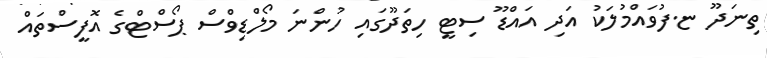
ތިނަދޫ ޏ.ފުވައްމުލަކު އަދި އައްޑޫ ސިޓީ ހިތަދޫގައި ހުންނަ މޯލްޑިވްސް ޕޯސްޓްގެ އޮފީސްތައް